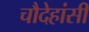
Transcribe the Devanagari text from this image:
चौदेहांसी